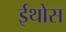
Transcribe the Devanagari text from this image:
ईथोस